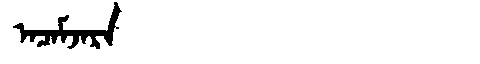
Manchu: ᠠᠴᠠᠮᠵᠠᡵᠠ
Romanization: ACAMJARA